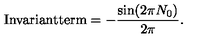
\mathrm { I n v a r i a n t t e r m } = - \frac { \sin ( 2 \pi N _ { 0 } ) } { 2 \pi } .